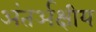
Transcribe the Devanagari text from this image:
अंतर्अक्षीय